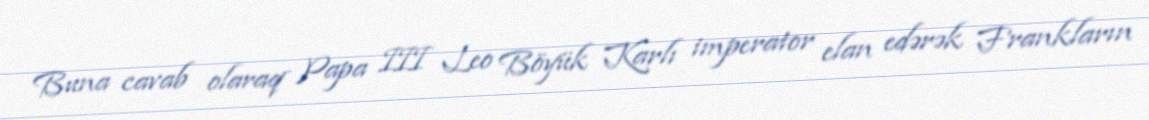
Buna cavab olaraq Papa III Leo Böyük Karlı imperator elan edərək Frankların